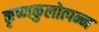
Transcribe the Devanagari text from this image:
कृष्णकुलोत्पन्न